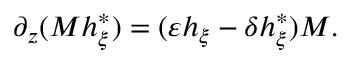
\partial _ { z } ( M h _ { \xi } ^ { * } ) = ( \varepsilon h _ { \xi } - \delta h _ { \xi } ^ { * } ) M .